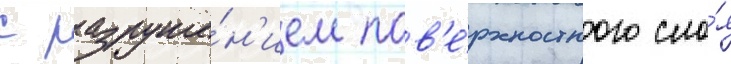
с разруше́н'ием пов'е́рхностного сло́я